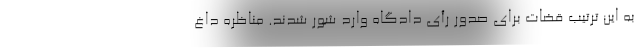
به این ترتیب قضات برای صدور رأی دادگاه وارد شور شدند. مناظره داغ